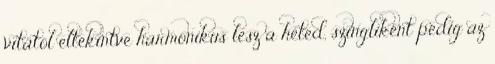
vitától eltekintve harmonikus lesz a heted, szingliként pedig az